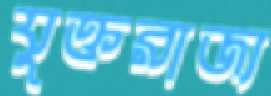
যুক্তরাজ্য